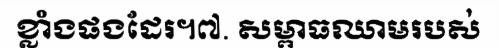
ខ្លាំងផងដែរ។៧. សម្ពាធឈាមរបស់